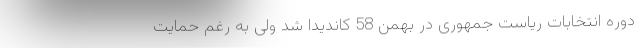
دوره انتخابات ریاست جمهوری در بهمن 58 کاندیدا شد ولی به رغم حمایت